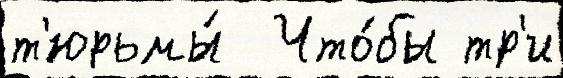
т'юрьмы́  Что́бы тр'и